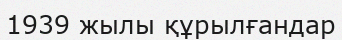
1939 жылы құрылғандар